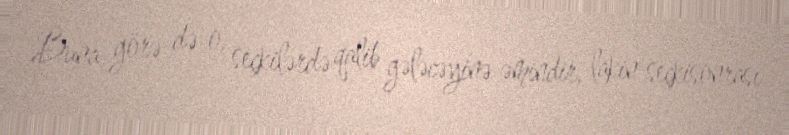
Buna görə də o, seçkilərdə qalib gələcəyinə əmindir, lakin seçkisonrası